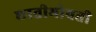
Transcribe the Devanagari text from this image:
छातीभोवती